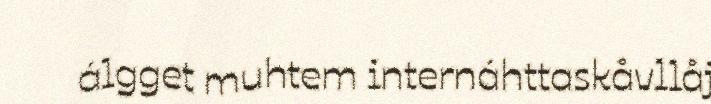
álgget muhtem internáhttaskåvllåj